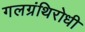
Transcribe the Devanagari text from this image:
गलग्रंथिरोधी